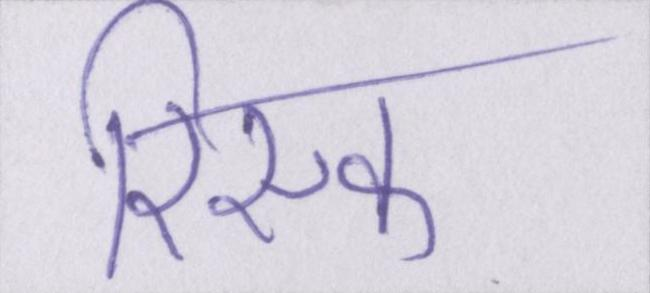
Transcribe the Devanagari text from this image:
रिस्क